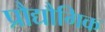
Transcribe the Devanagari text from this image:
प्रौद्यौगिक